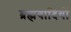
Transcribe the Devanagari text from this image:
ब्रह्मवादियों